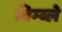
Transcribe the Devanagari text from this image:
विम्ब्ले